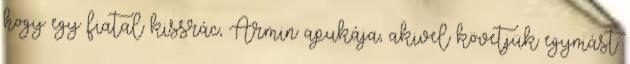
hogy egy fiatal kissrác, Ármin apukája, akivel követjük egymást